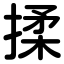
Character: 揉